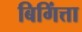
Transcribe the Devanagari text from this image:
बिगिंत्ता